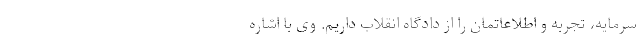
سرمایه، تجربه و اطلاعاتمان را از دادگاه انقلاب داریم. وی با اشاره